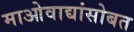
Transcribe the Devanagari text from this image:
माओवाद्यांसोबत